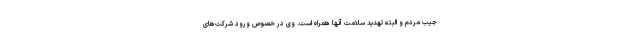
جیب مردم و البته تهدید سلامت آنها همراه است. وی در خصوص ورود شرکت‌های